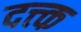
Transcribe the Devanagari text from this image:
दत्त्क